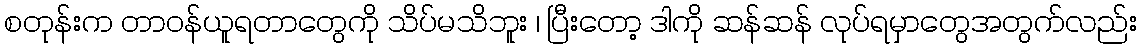
စတုန်းက တာဝန်ယူရတာတွေကို သိပ်မသိဘူး ၊ ပြီးတော့ ဒါကို ဆန်ဆန် လုပ်ရမှာတွေအတွက်လည်း